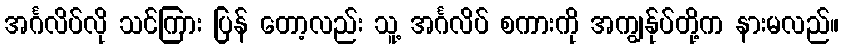
အင်္ဂလိပ်လို သင်ကြား ပြန် တော့လည်း သူ့ အင်္ဂလိပ် စကားကို အကျွန်ုပ်တို့က နားမလည်။